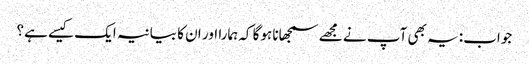
جواب: یہ بھی آپ نے مجھے سمجھانا ہوگا کہ ہمارا اور ان کا بیانیہ ایک کیسے ہے؟